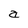
Character: a